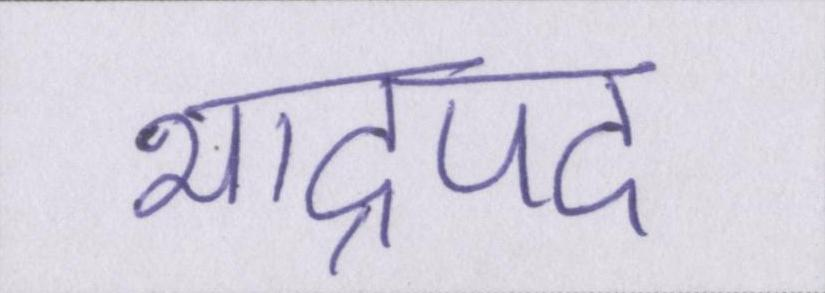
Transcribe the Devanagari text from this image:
भाद्रपद